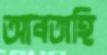
আবতাহি